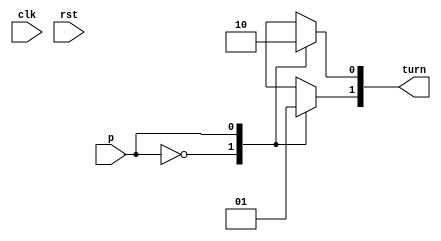
/*
   This file was generated automatically by the Mojo IDE version B1.3.6.
   Do not edit this file directly. Instead edit the original Lucid source.
   This is a temporary file and any changes made to it will be destroyed.
*/

module turn_util_4 (
    input clk,
    input rst,
    input p,
    output reg [1:0] turn
  );
  
  
  
  always @* begin
    
    case (p)
      1'h0: begin
        turn[0+0-:1] = 1'h1;
        turn[1+0-:1] = 1'h0;
      end
      1'h1: begin
        turn[0+0-:1] = 1'h0;
        turn[1+0-:1] = 1'h1;
      end
      default: begin
        turn = 2'h0;
      end
    endcase
  end
endmodule